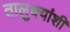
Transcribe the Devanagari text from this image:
तालुक्यांशी